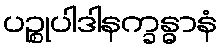
ပဉ္စုပါဒါနက္ခန္ဓာနံ